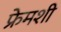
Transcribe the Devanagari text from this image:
फ्रेमशी